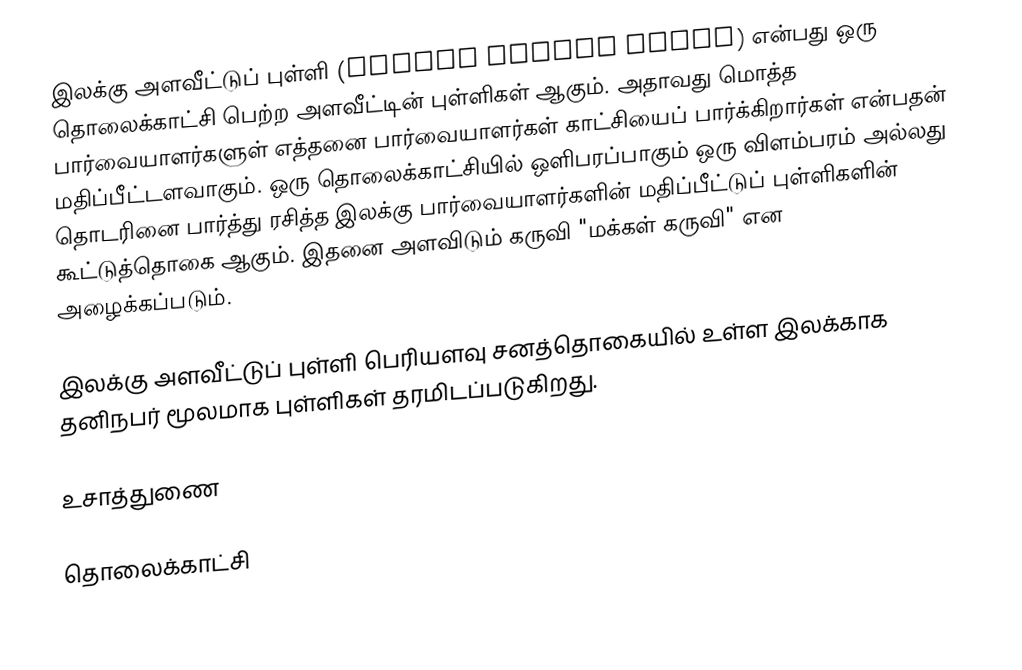
இலக்கு அளவீட்டுப் புள்ளி (Target rating point) என்பது ஒரு தொலைக்காட்சி பெற்ற அளவீட்டின் புள்ளிகள் ஆகும். அதாவது மொத்த பார்வையாளர்களுள் எத்தனை பார்வையாளர்கள் காட்சியைப் பார்க்கிறார்கள் என்பதன் மதிப்பீட்டளவாகும். ஒரு தொலைக்காட்சியில் ஒளிபரப்பாகும் ஒரு விளம்பரம் அல்லது தொடரினை பார்த்து ரசித்த இலக்கு பார்வையாளர்களின் மதிப்பீட்டுப் புள்ளிகளின் கூட்டுத்தொகை ஆகும். இதனை அளவிடும் கருவி "மக்கள் கருவி" என அழைக்கப்படும்.

இலக்கு அளவீட்டுப் புள்ளி பெரியளவு சனத்தொகையில் உள்ள இலக்காக தனிநபர் மூலமாக புள்ளிகள் தரமிடப்படுகிறது.

உசாத்துணை

தொலைக்காட்சி